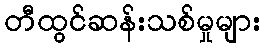
တီထွင်ဆန်းသစ်မှုများ